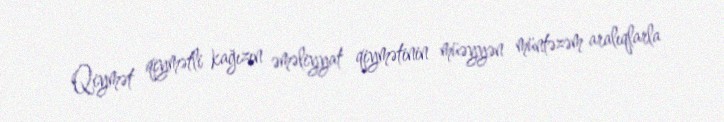
Qiymət qiymətli kağızın əməliyyat qiymətinin müəyyən müntəzəm aralıqlarla